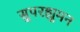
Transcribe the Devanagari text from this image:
सुपरह्युमन